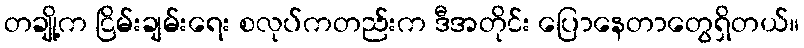
တချို့က ငြိမ်းချမ်းရေး စလုပ်ကတည်းက ဒီအတိုင်း ပြောနေတာတွေရှိတယ်။